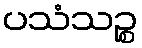
ပသံသဉ္စ